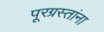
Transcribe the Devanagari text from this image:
पूरग्रस्‍तांना